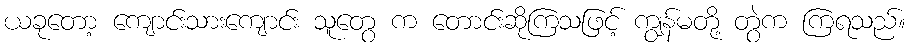
ယခုတော့ ကျောင်းသားကျောင်း သူတွေ က တောင်းဆိုကြသဖြင့် ကျွန်မတို့ တွဲက ကြရသည်။